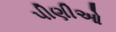
પીણીઓ